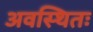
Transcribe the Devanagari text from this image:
अवस्थितः